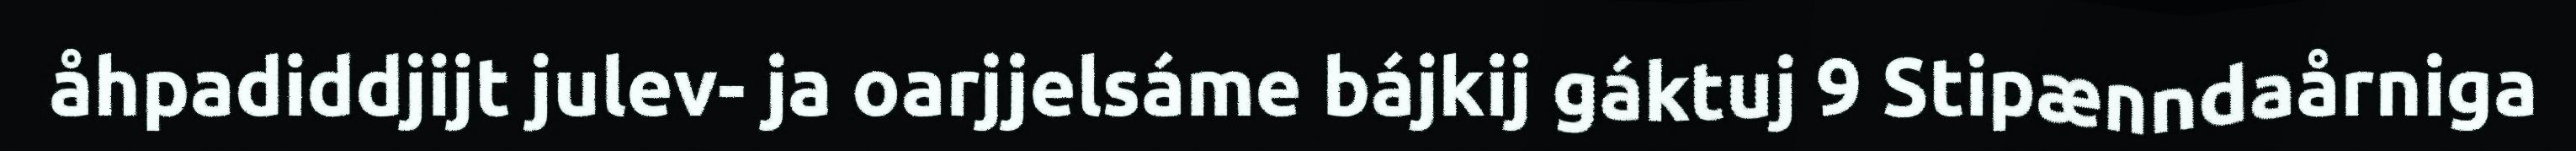
åhpadiddjijt julev- ja oarjjelsáme bájkij gáktuj 9 Stipænndaårniga